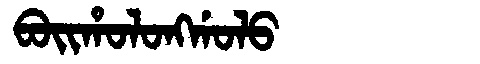
Manchu: ᠪᠣᡳᡥᠣᠯᠣᠩᡤᠣᠯᠣ
Romanization: BOIHOLONGGOLO